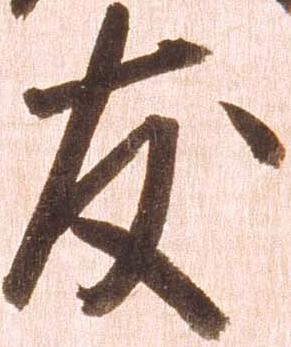
友